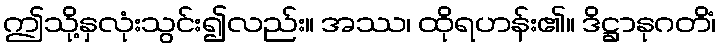
ဤသို့နှလုံးသွင်း၍လည်း။ အဿ၊ ထိုရဟန်း၏။ ဒိဋ္ဌာနုဂတိံ၊